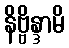
နိဗ္ဗိန္ဒာမိ